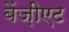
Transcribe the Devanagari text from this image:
बेंज़ीएट